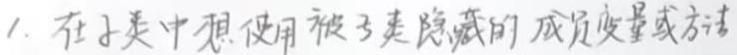
1. 在子类中想使用被子类隐藏的成员变量或方法